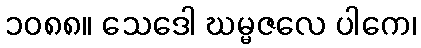
၁၀၈၈။ သေဒေါ ဃမ္မဇလေ ပါကေ၊